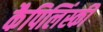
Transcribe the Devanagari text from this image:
कैपिलिंस्की